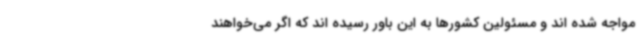
مواجه شده اند و مسئولین کشورها به این باور رسیده اند که اگر می‌خواهند